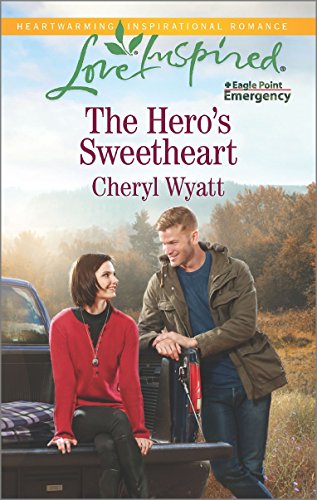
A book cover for The Hero's Sweetheart (Eagle Point Emergency); Cheryl Wyatt; Romance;